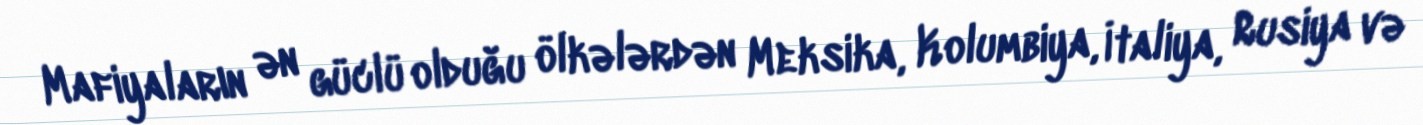
Mafiyaların ən güclü olduğu ölkələrdən Meksika, Kolumbiya, İtaliya, Rusiya və